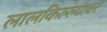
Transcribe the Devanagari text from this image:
लालकिल्ल्यावर